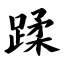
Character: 蹂